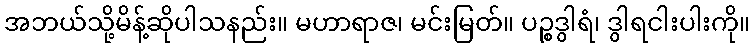
အဘယ်သို့မိန့်ဆိုပါသနည်း။ မဟာရာဇ၊ မင်းမြတ်။ ပဉ္စဒွါရံ၊ ဒွါရငါးပါးကို။